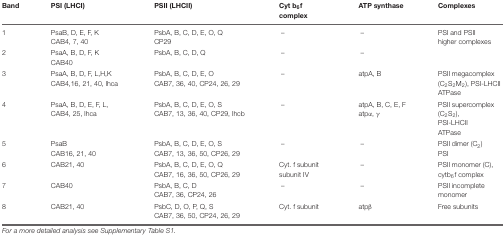
<table><thead><tr><td><b>Band</b></td><td><b>PSI (LHCI)</b></td><td><b>PSII (LHCII)</b></td><td><b>Cyt b<sub>6</sub>f complex</b></td><td><b>ATP synthase</b></td><td><b>Complexes</b></td></tr></thead><tbody><tr><td>1</td><td>PsaB, D, E, F, KCAB4, 7, 40</td><td>PsbA, B, C, D, E, O, QCP29</td><td>–</td><td>–</td><td>PSI and PSIIhigher complexes</td></tr><tr><td>2</td><td>PsaA, B, D, F, KCAB40</td><td>PsbA, B, C, D, Q</td><td>–</td><td>–</td><td></td></tr><tr><td>3</td><td>PsaA, B, D, F, L,H,KCAB4,16, 21, 40, lhca</td><td>PsbA, B, C, D, E, OCAB7, 36, 40, CP24, 26, 29</td><td>–</td><td>atpA, B</td><td>PSII megacomplex (C<sub>2</sub>S<sub>2</sub>M<sub>2</sub>), PSI-LHCIIATPase</td></tr><tr><td>4</td><td>PsaA, B, D, E, F, L,CAB4, 25, lhca</td><td>PsbA, B, C, D, E, O, SCAB7, 13, 36, 40, CP29, lhcb</td><td>–</td><td>atpA, B, C, E, F atpα, γ</td><td>PSII supercomplex (C<sub>2</sub>S<sub>2</sub>),PSI-LHCIIATPase</td></tr><tr><td>5</td><td>PsaBCAB16, 21, 40</td><td>PsbA, B, C, D, E, O, SCAB7, 13, 36, 50, CP26, 29</td><td>–</td><td>–</td><td>PSII dimer (C<sub>2</sub>)PSI</td></tr><tr><td>6</td><td>CAB21, 40</td><td>PsbA, B, C, D, E, O, QCAB7, 16, 36, 50, CP26, 29</td><td>Cyt. f subunit subunit IV</td><td>–</td><td>PSII monomer (C),cytb<sub>6</sub>f complex</td></tr><tr><td>7</td><td>CAB40</td><td>PsbA, B, C, DCAB7, 36, CP24, 26</td><td>–</td><td>–</td><td>PSII incomplete monomer</td></tr><tr><td>8</td><td>CAB21, 40</td><td>PsbC, D, O, P, Q, SCAB7, 36, 50, CP24, 26, 29</td><td>Cyt. f subunit</td><td>atpβ</td><td>Free subunits</td></tr></tbody></table>